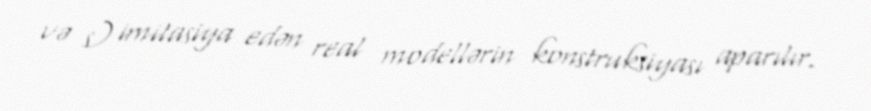
və s) imitasiya edən real modellərin konstruksiyası aparılır.